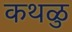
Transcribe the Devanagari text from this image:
कथळु